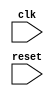
module parameter_assignment_example(
    input wire clk,
    input wire reset
);

parameter PARAM1 = 8'hFF; // Initializing parameter PARAM1 with value 8'hFF

// Module code goes here

endmodule